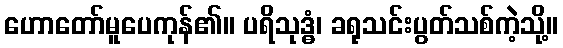
ဟောတော်မူပေကုန်၏။ ပရိသုဒ္ဓံ၊ ခရုသင်းပွတ်သစ်ကဲ့သို့။